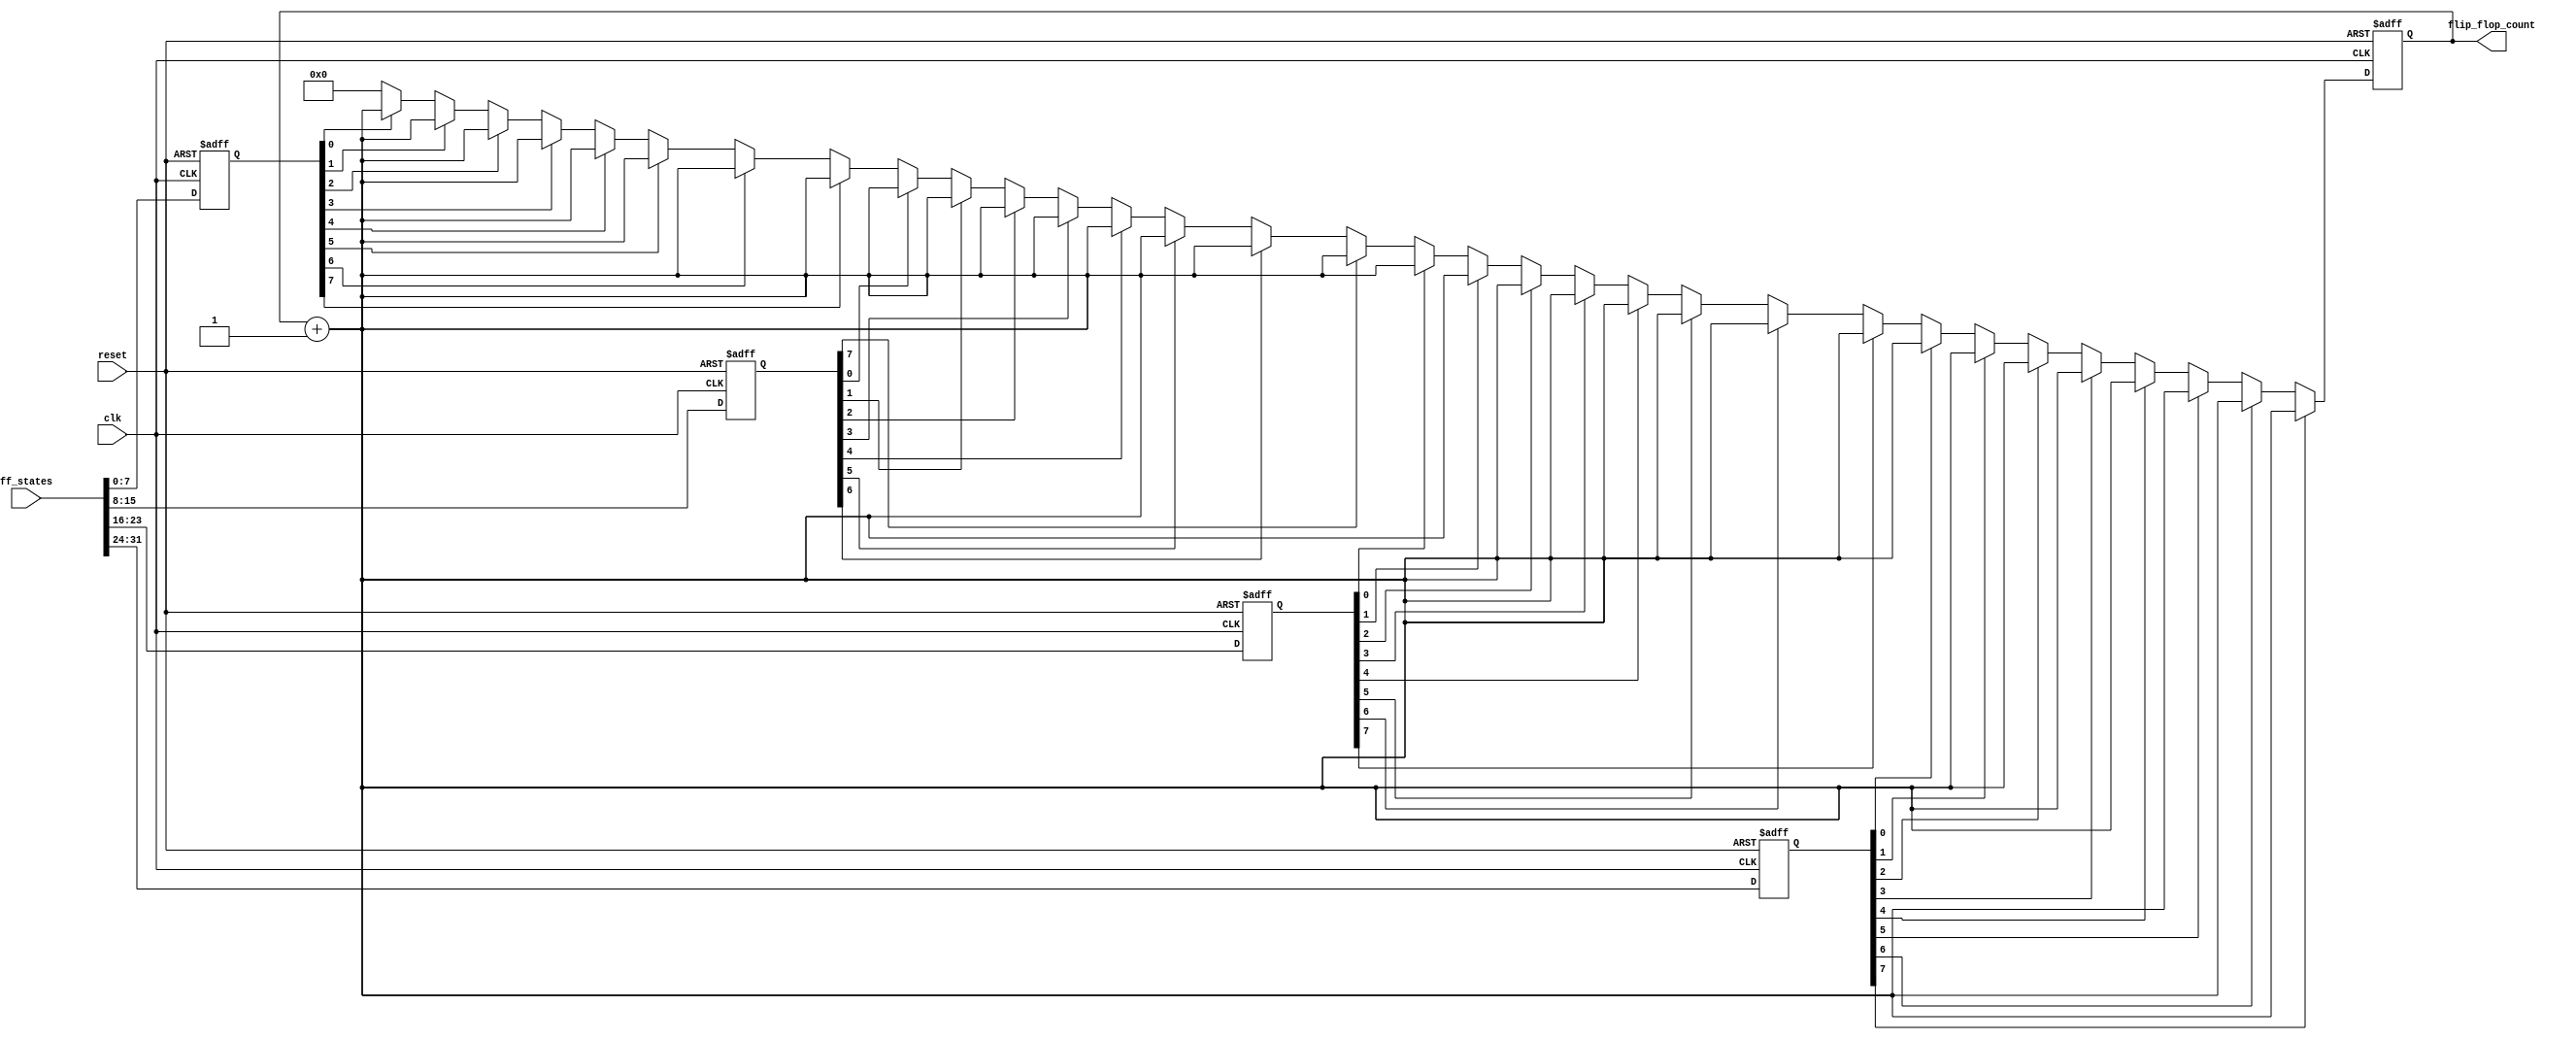
module flip_flop_detector #(
    parameter NUM_BLOCKS = 4,       // Number of memory blocks
    parameter BLOCK_WIDTH = 8,       // Width of each memory block (number of flip-flops per block)
    parameter COUNT_WIDTH = 8         // Width for the count of detected flip-flops
) (
    input wire clk,                  // Clock signal
    input wire reset,                // Reset signal
    input wire [NUM_BLOCKS*BLOCK_WIDTH-1:0] ff_states, // Input states of flip-flops
    output reg [COUNT_WIDTH-1:0] flip_flop_count // Output count of detected flip-flops
);

    reg [BLOCK_WIDTH-1:0] memory[0:NUM_BLOCKS-1]; // Memory blocks

    // Detection and counting logic
    integer i, j;
    
    always @(posedge clk or posedge reset) begin
        if (reset) begin
            flip_flop_count <= 0; // Reset count
            for (i = 0; i < NUM_BLOCKS; i = i + 1) begin
                memory[i] <= 0; // Clear memory blocks
            end
        end else begin
            // Capture flip-flop states into memory blocks
            for (i = 0; i < NUM_BLOCKS; i = i + 1) begin
                for (j = 0; j < BLOCK_WIDTH; j = j + 1) begin
                    memory[i][j] <= ff_states[i*BLOCK_WIDTH + j]; // Store states in memory
                end
            end
            
            // Clear count before counting
            flip_flop_count <= 0;

            // Count detected flip-flops across all memory blocks
            for (i = 0; i < NUM_BLOCKS; i = i + 1) begin
                for (j = 0; j < BLOCK_WIDTH; j = j + 1) begin
                    if (memory[i][j] == 1'b1) begin // Detect flip-flop state (1)
                        flip_flop_count <= flip_flop_count + 1; // Increment count
                    end
                end
            end
        end
    end

endmodule